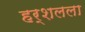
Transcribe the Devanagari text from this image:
हर्शलला